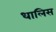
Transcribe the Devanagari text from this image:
धालिस